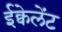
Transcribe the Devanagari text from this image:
ईक्वेलेंट